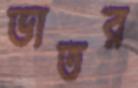
ভাতর